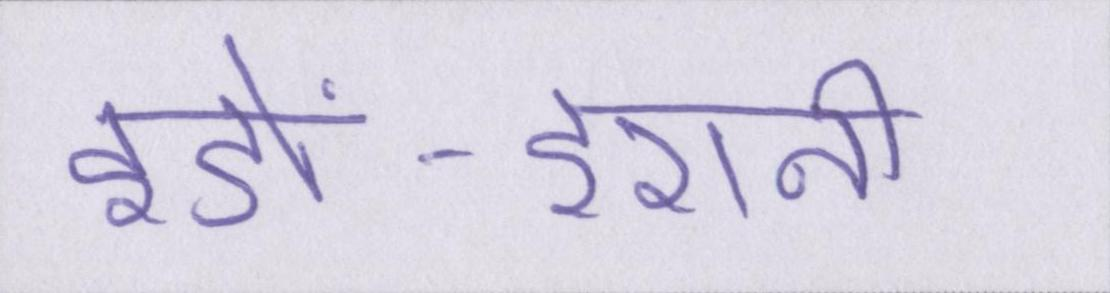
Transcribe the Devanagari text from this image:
इंडो-ईरानी